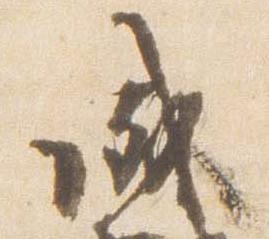
成